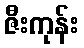
ဇီးကုန်း